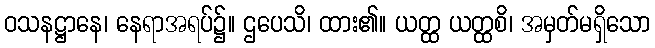
ဝသနဋ္ဌာနေ၊ နေရာအရပ်၌။ ဌပေသိ၊ ထား၏။ ယတ္ထ ယတ္ထစိ၊ အမှတ်မရှိသော